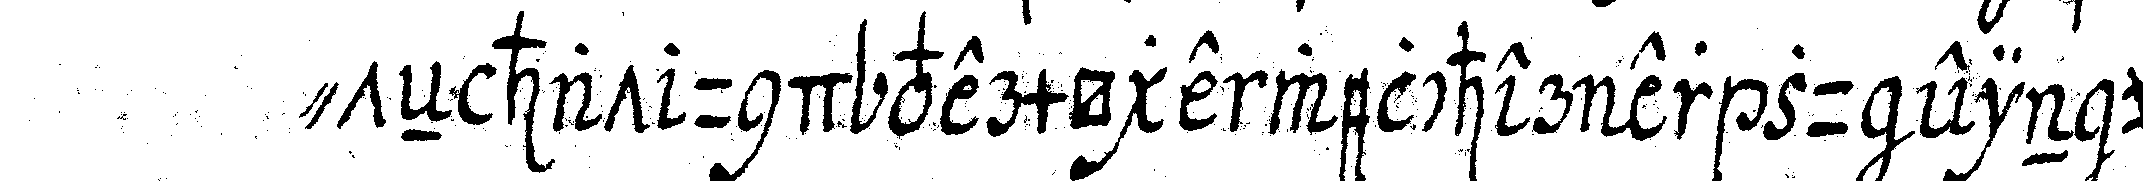
" teN hat und vermögerwelcher er zu ein und